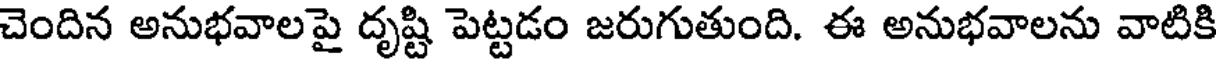
చెందిన అనుభవాలపై దృష్టి పెట్టడం జరుగుతుంది. ఈ అనుభవాలను వాటికి